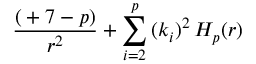
{ \frac { \l ( \l + 7 - p ) } { r ^ { 2 } } } + \sum _ { i = 2 } ^ { p } \, ( k _ { i } ) ^ { 2 } \, H _ { p } ( r )